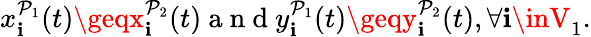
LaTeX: x_{\mathbf{i}}^{\mathcal{{P}}_{1}}(t)\geqx_{\mathbf{i}}^{\mathcal{{P}}_{2}}(t)\mathrm{{~a~n~d~}}y_{\mathbf{i}}^{\mathcal{{P}}_{1}}(t)\geqy_{\mathbf{i}}^{\mathcal{{P}}_{2}}(t),\forall\mathbf{i}\inV_{1}.